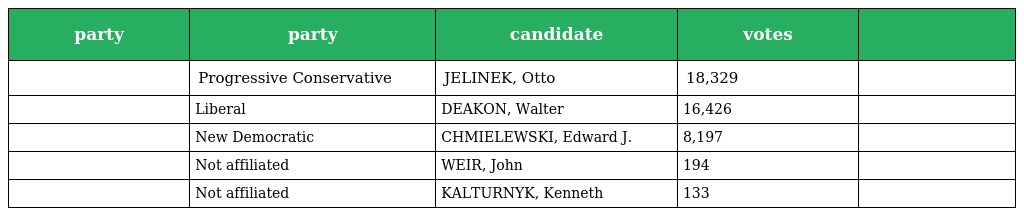
| party | party | candidate | votes |  |
 | --- | --- | --- | --- | --- |
 |  | Progressive Conservative | JELINEK, Otto | 18,329 |  |
 |  | Liberal | DEAKON, Walter | 16,426 |  |
 |  | New Democratic | CHMIELEWSKI, Edward J. | 8,197 |  |
 |  | Not affiliated | WEIR, John | 194 |  |
 |  | Not affiliated | KALTURNYK, Kenneth | 133 |  |